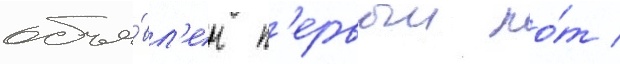
объя́вл'ен п'ервыи ло́т /